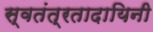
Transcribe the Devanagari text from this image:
स्वतंत्रतादायिनी